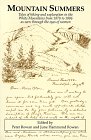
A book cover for Mountain Summers : Tales of Hiking and Exploration in the White Mountains from 1878 to 1886 as Seen Through the Eyes of Women; Peter Rowan; Travel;